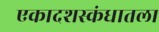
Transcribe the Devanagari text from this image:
एकादशस्‍कंधातला